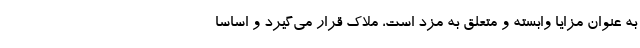
به عنوان مزایا وابسته و متعلق به مزد است، ملاک قرار می‌گیرد و اساسا